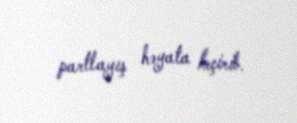
partlayış həyata keçirib.